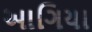
આગિયા